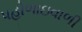
પહોળાઇવાળી